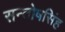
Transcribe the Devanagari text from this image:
सन्तोषसिंह